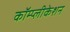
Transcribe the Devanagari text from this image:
कॉम्प्लीकेशन